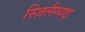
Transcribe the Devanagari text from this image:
स्ज़िलैग्याइ